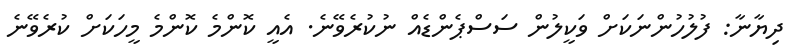
ދިޔާނާ: ފުލުހުންނަކަށް ވަކީލުން ސަސްޕެންޑެއް ނުކުރެވޭނެ. އެއީ ކޮންމެ ކޮންމެ މީހަކަށް ކުރެވޭނެ